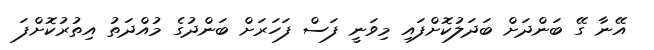
އޭނާ ގޭ ބަންދަށް ބަދަލުކޮށްފައި މިވަނީ ފަސް ފަހަރަށް ބަންދުގެ މުއްދަތު އިތުރުކޮށްފަ